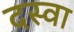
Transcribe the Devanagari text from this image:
दस्वा